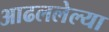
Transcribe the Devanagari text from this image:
आढललेल्या